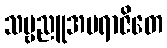
သဗ္ဗညူအပရာဇိတေ